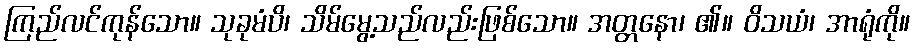
ကြည်လင်ကုန်သော။ သုခုမံပိ၊ သိမ်မွေ့သည်လည်းဖြစ်သော။ အတ္တနော၊ ၏။ ဝိသယံ၊ အာရုံကို။